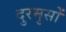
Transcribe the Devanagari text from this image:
दुरमुसों